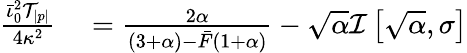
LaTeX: \begin{array}{rl}{\frac{\bar{\iota}_{0}^{2}\mathcal{T}_{|p|}}{4\kappa^{2}}}&{{}=\frac{2\alpha}{(3+\alpha)-\bar{F}(1+\alpha)}-\sqrt{\alpha}\mathcal{I}\left[\sqrt{\alpha},\sigma\right]}\end{array}